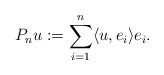
\begin{align*} P_n u := \sum_{i=1}^{n}\langle u,e_i\rangle e_i .\end{align*}